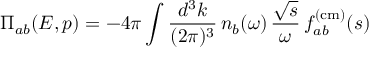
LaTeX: \Pi _ { a b } ( E , p ) = - 4 \pi \int \frac { d ^ { 3 } k } { ( 2 \pi ) ^ { 3 } } \, n _ { b } ( \omega ) \, \frac { \sqrt { s } } { \omega } \, f _ { a b } ^ { ( \mathrm { c m ) } } ( s )